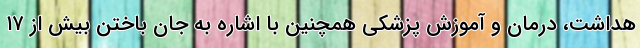
هداشت، درمان و آموزش پزشکی همچنین با اشاره به جان باختن بیش از ۱۷